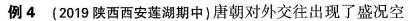
例4 (2019陕西西安莲湖期中)唐朝对外交往出现了盛况空